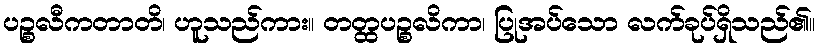
ပဉ္စလီကတာတိ၊ ဟူသည်ကား။ တတ္ထပဉ္စလိကာ၊ ပြုအပ်သော လက်ခုပ်ရှိသည်၏။